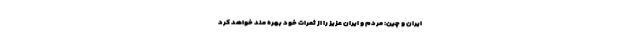
ایران و چین: مردم و ایران عزیز را از ثمرات خود بهره مند خواهد کرد